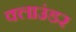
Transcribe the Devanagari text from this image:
क्लाउंडर